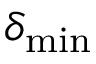
\delta _ { \mathrm { m i n } }